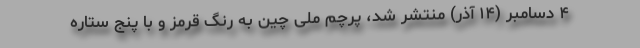
۴ دسامبر (۱۴ آذر) منتشر شد، پرچم ملی چین به رنگ قرمز و با پنج ستاره